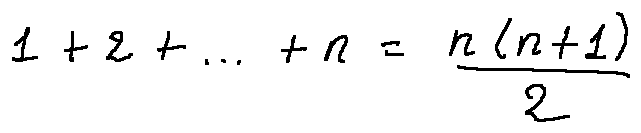
1 + 2 + \cdots + n = \frac { n ( n + 1 ) } { 2 }